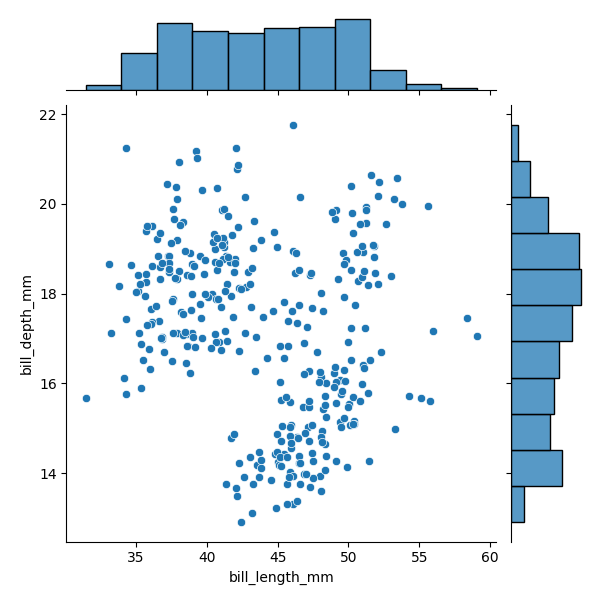
python, seaborn, JointGrid, scatterplot, histplot